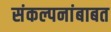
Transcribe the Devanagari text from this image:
संकल्पनांबाबत